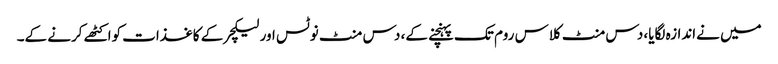
میں نےاندازہ لگایا، دس منٹ کلاس روم تک پہنچنے کے، دس منٹ نوٹس اور لیکچر کے کاغذات کواکٹھے کرنے کے۔